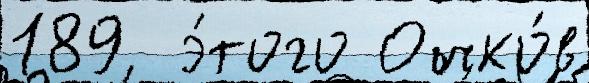
189  э́того Очко́в